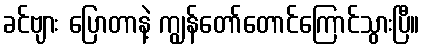
ခင်ဗျား ပြောတာနဲ့ ကျွန်တော်တောင်ကြောင်သွားပြီ။